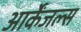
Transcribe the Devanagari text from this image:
आर्केंजल्स